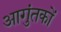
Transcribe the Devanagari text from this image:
आगुंतकों